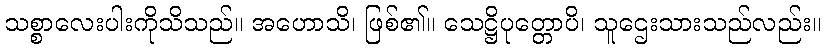
သစ္စာလေးပါးကိုသိသည်။ အဟောသိ၊ ဖြစ်၏။ သေဋ္ဌိပုတ္တောပိ၊ သူဌေးသားသည်လည်း။